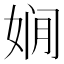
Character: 𱙗